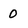
Character: 0